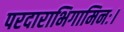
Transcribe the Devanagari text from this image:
परदाराभिगामिनः।